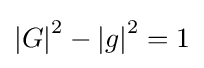
\left\vert G\right\vert ^{2}-\left\vert g\right\vert ^{2}=1